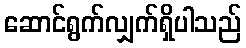
ဆောင်ရွက်လျှက်ရှိပါသည်